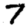
Digit: 7